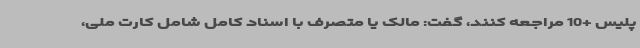
پلیس +10 مراجعه کنند، گفت: مالک یا متصرف با اسناد کامل شامل کارت ملی،